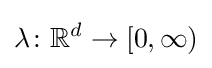
\lambda \colon \mathbb {R} ^{d}\to [0,\infty )